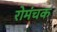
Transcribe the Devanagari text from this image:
रोमंचक